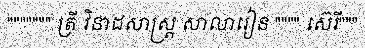
""""""" ត្រី វិនាដសាស្ត្រ សាលារៀន """" ស៊េរី"""